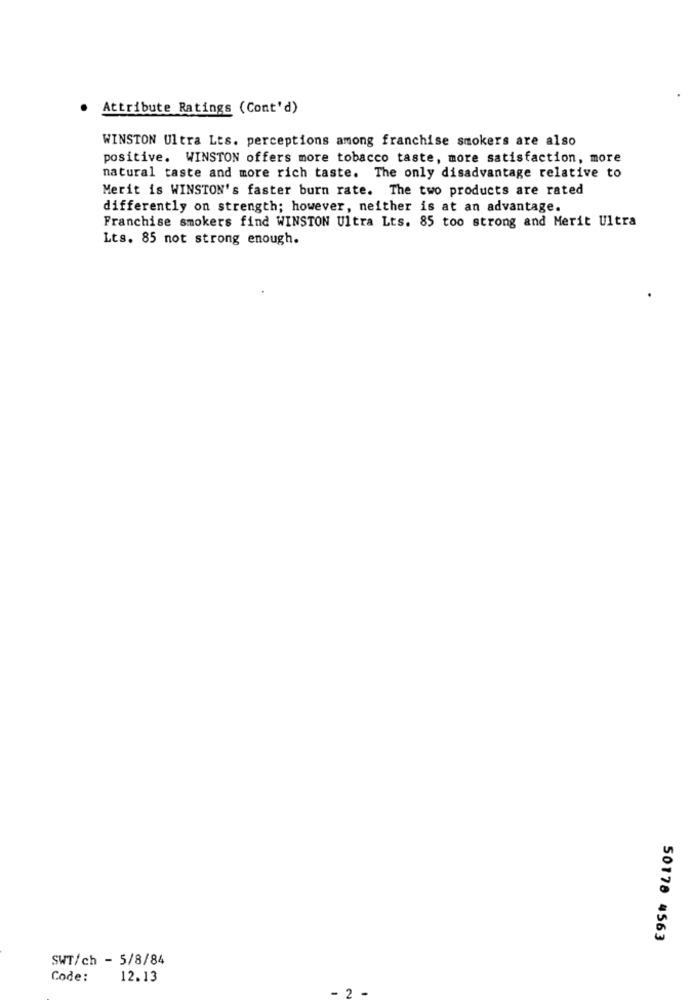
Attribute Ratings (Cont'd)
WINSTON Ultra Lts. perceptions among franchise smokers are also
positive. WINSTON offers more tobacco taste, more satisfaction, more
natural taste and more rich taste. The only disadvantage relative to
Merit is WINSTON's faster burn rate. The two products are rated
differently on strength; however, neither is at an advantage.
Franchise smokers find WINSTON Ultra Lts. 85 too strong and Merit Ultra
Lts. 85 not strong enough.
50178 4563
SWT/ch - 5/8/84
Code:
12.13